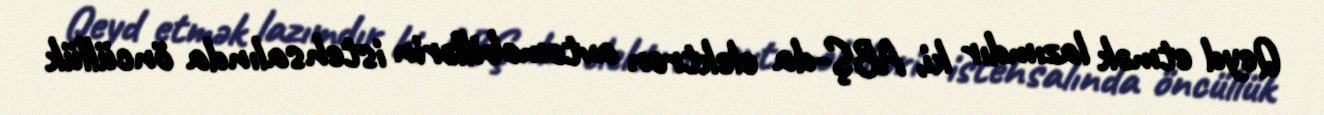
Qeyd etmək lazımdır ki, ABŞ-da elektron avtomobillərin istehsalında öncüllük